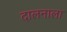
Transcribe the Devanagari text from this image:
दालनाला